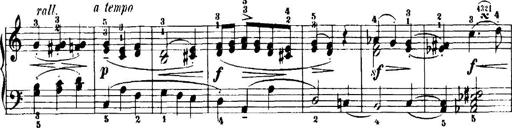
Title: 7 Sonatinas
Composer: Anton Diabelli